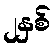
၂နှစ်